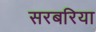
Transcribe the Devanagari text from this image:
सरबरिया